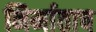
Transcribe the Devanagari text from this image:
निर्माताच